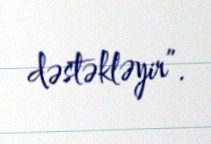
dəstəkləyir”.